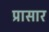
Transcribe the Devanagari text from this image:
प्रासार